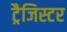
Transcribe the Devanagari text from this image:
ट्रैजिस्टर